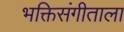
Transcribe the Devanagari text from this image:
भक्तिसंगीताला